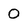
Character: 0